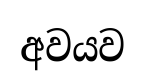
අවයව